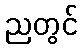
ညတွင်